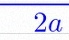
2a